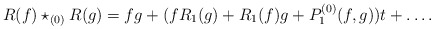
\begin{align*}R(f) \star_{(0)} R(g) = fg + (fR_1(g) + R_1(f)g + P^{(0)}_1(f,g))t + \dots .\end{align*}